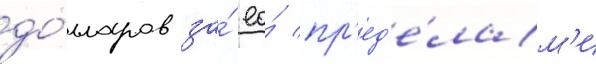
до́лларов за́ ео́ пр'ед'е́лам'и